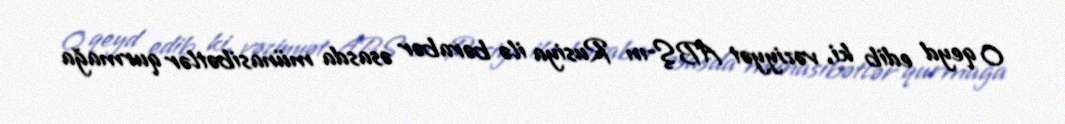
O qeyd edib ki, vəziyyət ABŞ-ın Rusiya ilə bərabər əsasda münasibətlər qurmağa